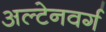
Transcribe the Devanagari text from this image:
अल्टेनवर्ग